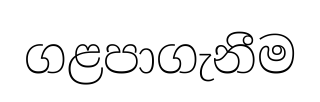
ගළපාගැනීම